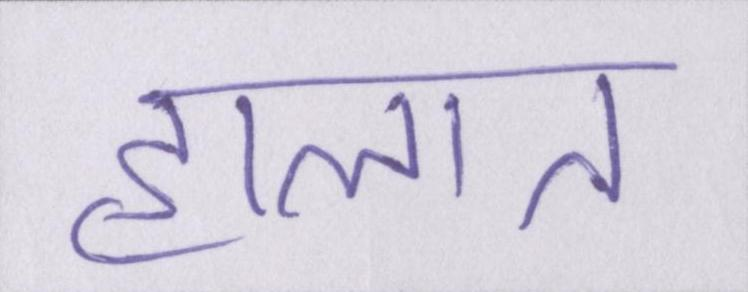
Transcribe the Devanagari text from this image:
हालात